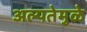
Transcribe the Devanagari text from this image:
अल्पतेमुळे